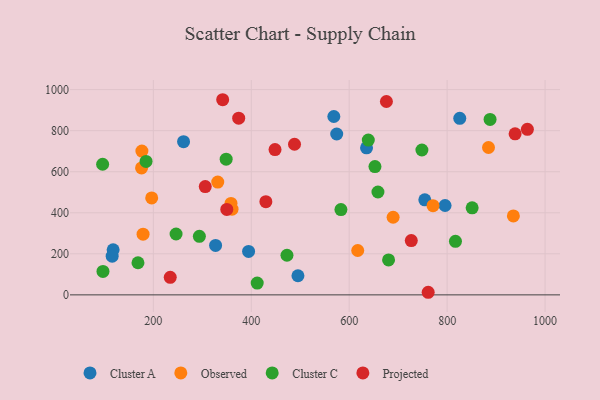
{"axis": {"x": "Engine Size", "y": "Profit"}, "legend": ["Cluster A", "Cluster C", "Observed", "Projected"], "data": [{"x": "568.6", "y": 869.0, "type": "Cluster A"}, {"x": "117.9", "y": 219.8, "type": "Cluster A"}, {"x": "754.4", "y": 463.1, "type": "Cluster A"}, {"x": "635.4", "y": 716.5, "type": "Cluster A"}, {"x": "394.5", "y": 211.4, "type": "Cluster A"}, {"x": "574.5", "y": 783.8, "type": "Cluster A"}, {"x": "795.8", "y": 435.5, "type": "Cluster A"}, {"x": "825.8", "y": 860.4, "type": "Cluster A"}, {"x": "261.7", "y": 746.6, "type": "Cluster A"}, {"x": "495.3", "y": 93.1, "type": "Cluster A"}, {"x": "327.1", "y": 241.0, "type": "Cluster A"}, {"x": "115.9", "y": 188.7, "type": "Cluster A"}, {"x": "935.3", "y": 384.8, "type": "Observed"}, {"x": "179.0", "y": 295.9, "type": "Observed"}, {"x": "176.6", "y": 700.5, "type": "Observed"}, {"x": "771.2", "y": 434.6, "type": "Observed"}, {"x": "360.7", "y": 417.3, "type": "Observed"}, {"x": "358.6", "y": 445.5, "type": "Observed"}, {"x": "331.5", "y": 549.5, "type": "Observed"}, {"x": "196.6", "y": 472.2, "type": "Observed"}, {"x": "689.7", "y": 378.1, "type": "Observed"}, {"x": "617.4", "y": 216.1, "type": "Observed"}, {"x": "884.5", "y": 717.9, "type": "Observed"}, {"x": "175.9", "y": 618.5, "type": "Observed"}, {"x": "639.0", "y": 754.1, "type": "Cluster C"}, {"x": "887.7", "y": 854.7, "type": "Cluster C"}, {"x": "96.4", "y": 636.4, "type": "Cluster C"}, {"x": "583.1", "y": 415.5, "type": "Cluster C"}, {"x": "97.1", "y": 114.3, "type": "Cluster C"}, {"x": "348.7", "y": 660.9, "type": "Cluster C"}, {"x": "168.6", "y": 156.5, "type": "Cluster C"}, {"x": "652.6", "y": 625.3, "type": "Cluster C"}, {"x": "658.7", "y": 501.1, "type": "Cluster C"}, {"x": "817.0", "y": 260.8, "type": "Cluster C"}, {"x": "472.9", "y": 192.9, "type": "Cluster C"}, {"x": "246.4", "y": 296.5, "type": "Cluster C"}, {"x": "294.0", "y": 285.2, "type": "Cluster C"}, {"x": "680.4", "y": 170.3, "type": "Cluster C"}, {"x": "185.1", "y": 650.2, "type": "Cluster C"}, {"x": "748.5", "y": 705.9, "type": "Cluster C"}, {"x": "851.1", "y": 424.1, "type": "Cluster C"}, {"x": "412.1", "y": 57.3, "type": "Cluster C"}, {"x": "676.0", "y": 942.2, "type": "Projected"}, {"x": "963.9", "y": 806.5, "type": "Projected"}, {"x": "726.8", "y": 264.6, "type": "Projected"}, {"x": "761.3", "y": 12.6, "type": "Projected"}, {"x": "341.6", "y": 950.8, "type": "Projected"}, {"x": "938.8", "y": 784.7, "type": "Projected"}, {"x": "448.5", "y": 708.1, "type": "Projected"}, {"x": "374.3", "y": 860.9, "type": "Projected"}, {"x": "429.8", "y": 454.1, "type": "Projected"}, {"x": "234.5", "y": 85.4, "type": "Projected"}, {"x": "488.3", "y": 733.8, "type": "Projected"}, {"x": "350.0", "y": 416.1, "type": "Projected"}, {"x": "306.0", "y": 527.8, "type": "Projected"}]}